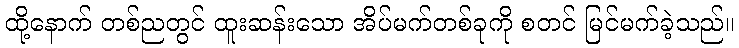
ထို့နောက် တစ်ညတွင် ထူးဆန်းသော အိပ်မက်တစ်ခုကို စတင် မြင်မက်ခဲ့သည်။